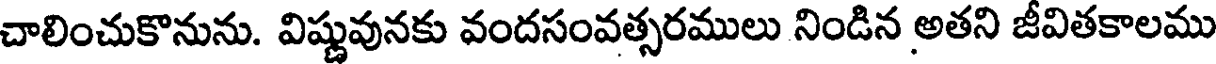
చాలించుకొనును. విష్ణువునకు వందసంవత్సరములు నిండిన అతని జీవితకాలము